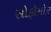
સોફોમોર